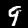
Digit: 9